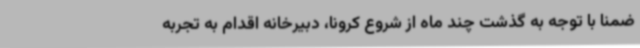
ضمنا با توجه به گذشت چند ماه از شروع کرونا، دبیرخانه اقدام به تجربه